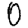
Digit: 0